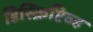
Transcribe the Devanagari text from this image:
डिस्क्रिप्टिव्ह